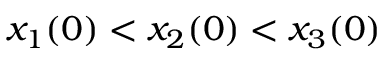
x _ { 1 } ( 0 ) < x _ { 2 } ( 0 ) < x _ { 3 } ( 0 )